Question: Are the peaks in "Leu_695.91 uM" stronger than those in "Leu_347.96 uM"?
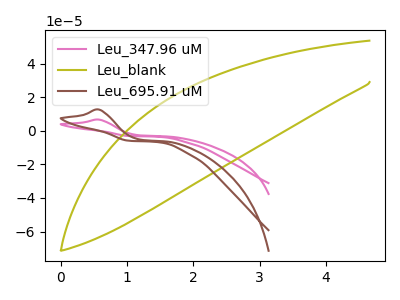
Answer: <think>The pink curve "Leu_347.96 uM" has an anodic peak at: (0.60V, 6.65uA). The olive curve "Leu_blank" has no peaks. The brown curve "Leu_695.91 uM" has an anodic peak at: (0.60V, 12.65uA).</think>
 <answer>Every peak in "Leu_695.91 uM" is higher than every peak in "Leu_347.96 uM".</answer>
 <eval>higher</eval>